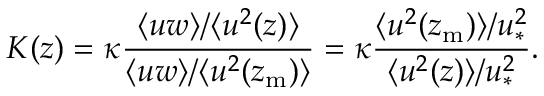
K ( z ) = \kappa \frac { \langle u w \rangle / \langle u ^ { 2 } ( z ) \rangle } { \langle u w \rangle / \langle u ^ { 2 } ( z _ { \mathrm { m } } ) \rangle } = \kappa \frac { \langle u ^ { 2 } ( z _ { \mathrm { m } } ) \rangle / u _ { \ast } ^ { 2 } } { \langle u ^ { 2 } ( z ) \rangle / u _ { \ast } ^ { 2 } } .